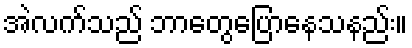
အဲလက်သည် ဘာတွေပြောနေသနည်း။